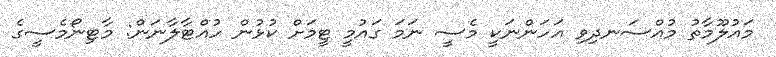
މައުލޫމާތު މުއްސަނދިވި އަހަންނަކީ މެސީ ނަމަ ގައުމީ ޓީމަށް ކުޅުން ހުއްޓާލާނަން: މާޓިނޯމެސީގެ